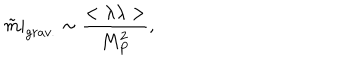
\tilde { m } | _ { g r a v . } \sim { \frac { < \lambda \lambda > } { M _ { P } ^ { 2 } } } ,